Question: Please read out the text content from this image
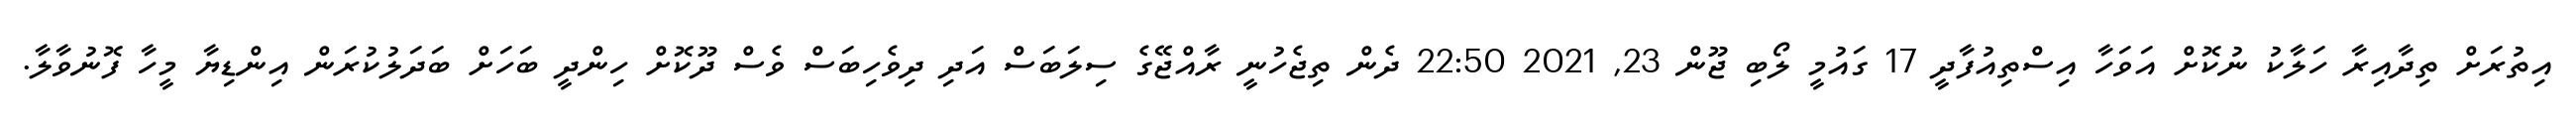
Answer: އިތުރަށް ތިދާއިރާ ހަލާކު ނުކޮށް އަވަހާ އިސްތިއުފާދީ 17 ގައުމީ ލޯބި ޖޫން 23, 2021 22:50 ދެން ތިޖެހުނީ ރާއްޖޭގެ ސިލަބަސް އަދި ދިވެހިބަސް ވެސް ދޫކޮށް ހިންދީ ބަހަށް ބަދަލުކުރަން އިންޑިޔާ މީހާ ފޮނުވާލާ.